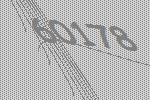
60178